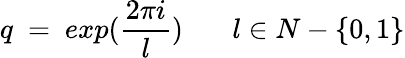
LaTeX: q~=~exp(\frac{2\pi i}{l})~~~~~~~l\in N-\{ 0,1\}